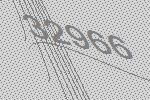
32966